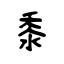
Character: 黍